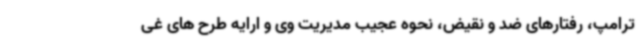
ترامپ، رفتارهای ضد و نقیض، نحوه عجیب مدیریت وی و ارایه طرح های غی